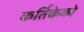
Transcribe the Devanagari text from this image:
कर्तिकेको